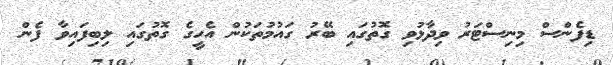
ޑިފެންސް މިނިސްޓަރު ވިދާޅުވި ގޮތުގައި ބޭރު ގައުމުތަކުން އެހީގެ ގޮތުގައި ލިބިފައިވާ ފެން